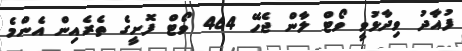
ފުއާދު ވިދާޅުވީ ވޯޓް ލާން ޖެހޭ 464 ވޯޓް ފޮށީގެ ތެރެއިން އެންމެ